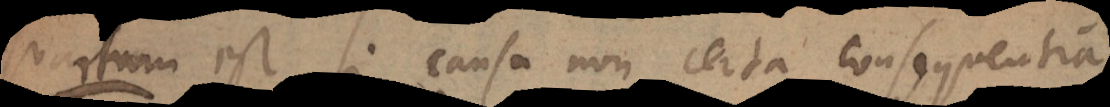
u m est si causa non certa consequentia